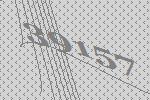
39157